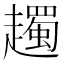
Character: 䟉